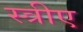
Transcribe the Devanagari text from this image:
स्त्रीए